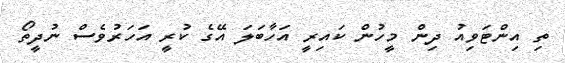
ތި އިންޓަވިއު ދިން މީހުން ކައިރީ އަހާބަލަ އޭގެ ކުރީ އަހަރުވެސް ނުދީތޯ